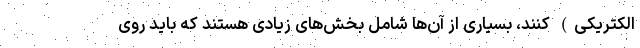
الکتریکی) کنند، بسیاری از آن‌ها شامل بخش‌های زیادی هستند که باید روی